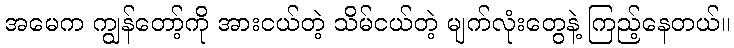
အမေက ကျွန်တော့်ကို အားငယ်တဲ့ သိမ်ငယ်တဲ့ မျက်လုံးတွေနဲ့ ကြည့်နေတယ်။